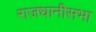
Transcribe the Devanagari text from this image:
राजधानीसभा